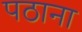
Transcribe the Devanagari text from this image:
पठाना